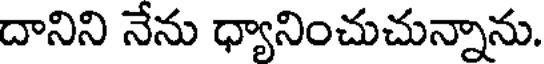
దానిని నేను ధ్యానించుచున్నాను.